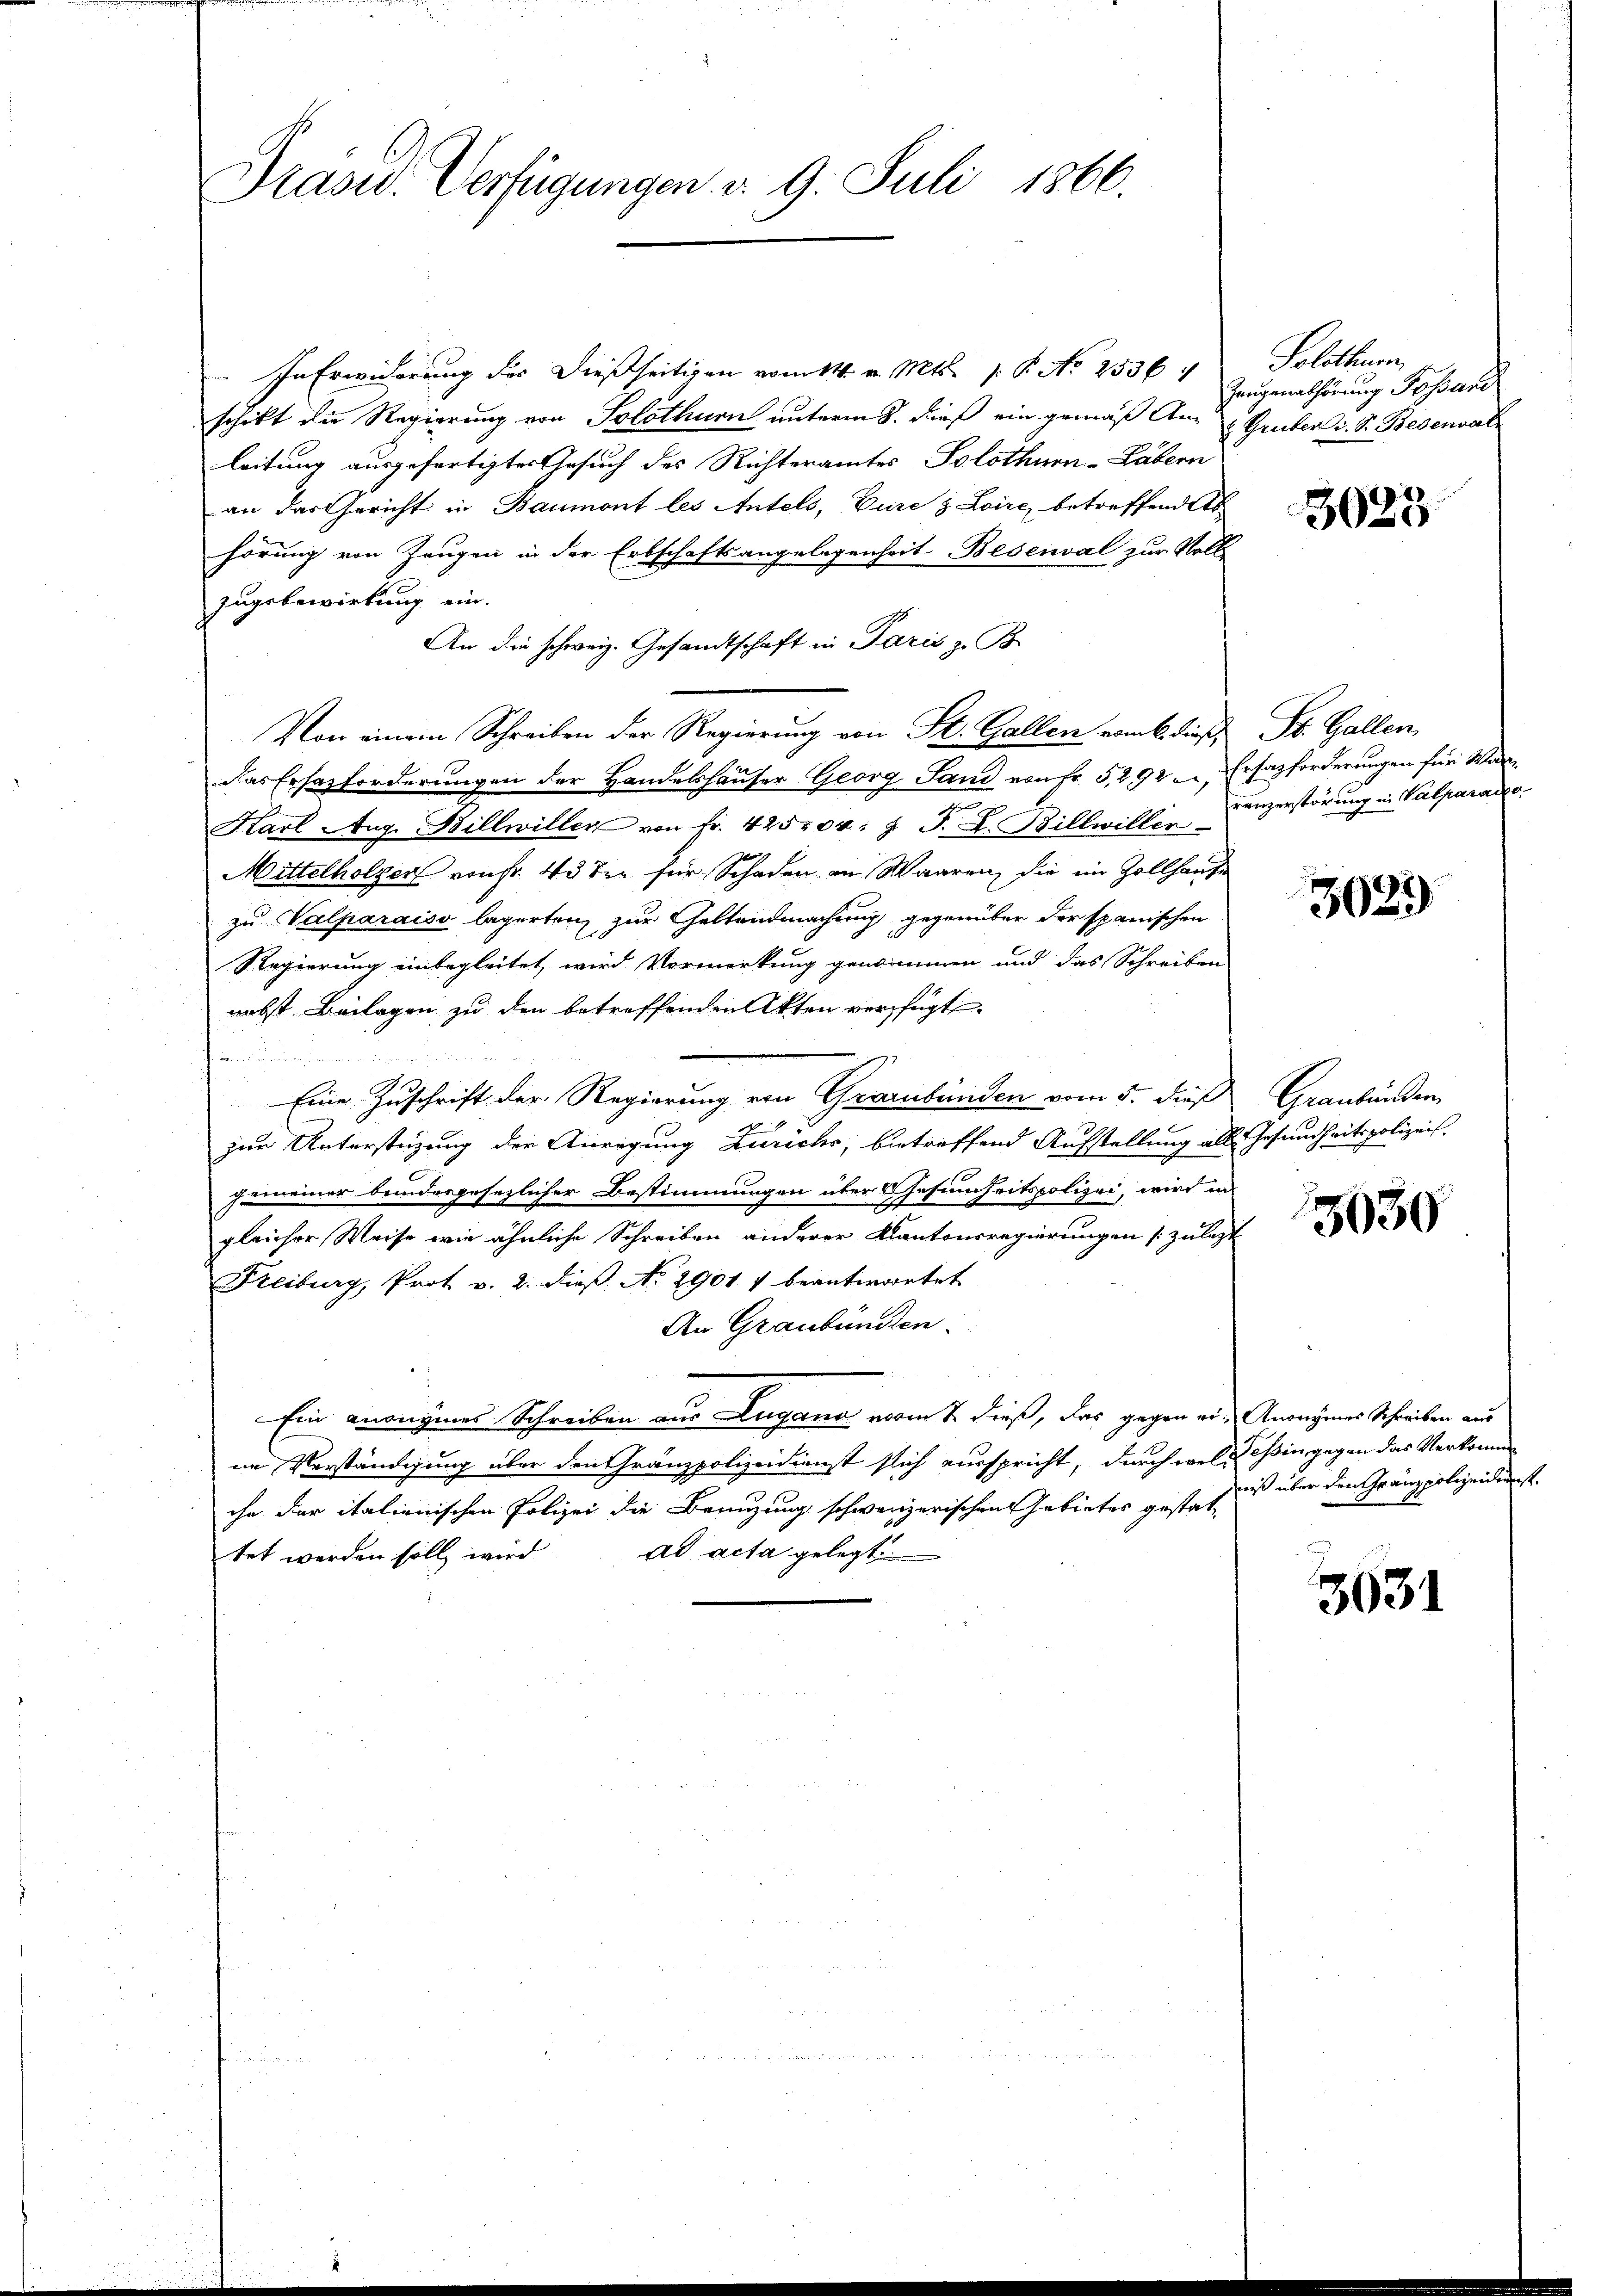
Präsid. Verfügungen v. 9. Juli 1866.

In Erwiderung des dießseitigen vom 14. v. Mts. 1. P. No 2536 4 Solothurn
schikt die Regierung von Solothurn unterm 8. dieß ein gemäß An Gruber d. S. Besenvat
leitung ausgefertigter Gesuch des Richteramtes Solothurn-Läbern
an das Gericht in Baumont les Antels, Eure & Loire, betreffend es
hörung von Zeugen in der Erbschaftsangelegenheit Besenval zur Voll
zugsbewirkung ein.
An die schweiz. Gesandtschaft in Paris z. B.
Von einem Schreiben der Regierung von St. Gallen vom 6. dieß St. Gallen,
das Ersazforderungen der Handelshäuser Georg Sand von Fr. 5292, Ersatzforderungen für War¬
Karl Aug. Billwiller von fr. 425204: J. J. L. Billwiller
Mittelholzer von fr. 43 der für Schaden an Waaren, die im Zollhause
zu Valparaiso lägerten zur Geltendmachung gegenüber der spanischen
Regierung einbegleitet wird Vormerkung genommen und das Schreiben
nebst Beilagen zu den betreffenden Akten verfügt

Eine Zuschrift der Regierung von Graubünden vom 5. dieß
zur Unterstüzung der Anregung Zürichs, betreffend Aufstellung als Gesundheitspolizei.
gemeiner beindesgesezlicher Bestimmungen über Gesinnheitspolizei, wird in
gleicher Weise wie ähnliche Schreiben anderer Kantonsregierungen [zuletzt
Freiburg, Prot v. 2. dieß No. 29017 beantwortet
An Graubünden.
Ein anonymes Schreiben aus Lugano vom 2. dieß, das gegen er Anonymes Schreiben aus
ne Verständigung über den Gränzpolizeidienst flich ausspricht, durch wel deßin, gegen das Verkomme
che der italienischen Polizei die Benuzung schweizerischen Gebieter gestatad acta gelegt
tet werden soll, wird

Zeugenalhörung Possard

3023

renzerstörung in Valparare.

3029

Graubünden

5030

miß über den Gränzpolizeidienst.

3031